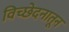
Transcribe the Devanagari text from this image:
विच्छेदनातून